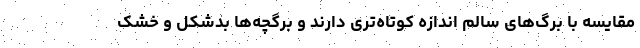
مقایسه با برگ‌های سالم اندازه کوتاه‌تری دارند و برگچه‌ها بدشکل و خشک